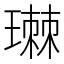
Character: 㻷